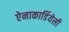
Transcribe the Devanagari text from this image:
ऐनाकार्डियेसी